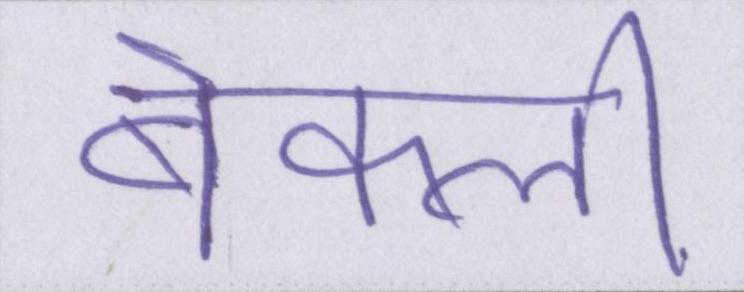
बेकली